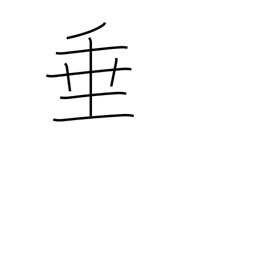
Meaning: droop